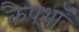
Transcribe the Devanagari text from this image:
कैपशॉ